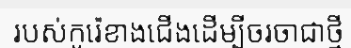
របស់កូរ៉េខាងជើងដើម្បីចរចាជាថ្មី